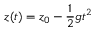
z ( t ) = z _ { 0 } - \frac { 1 } { 2 } g t ^ { 2 }